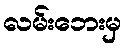
လမ်းဘေးမှ